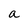
Character: a